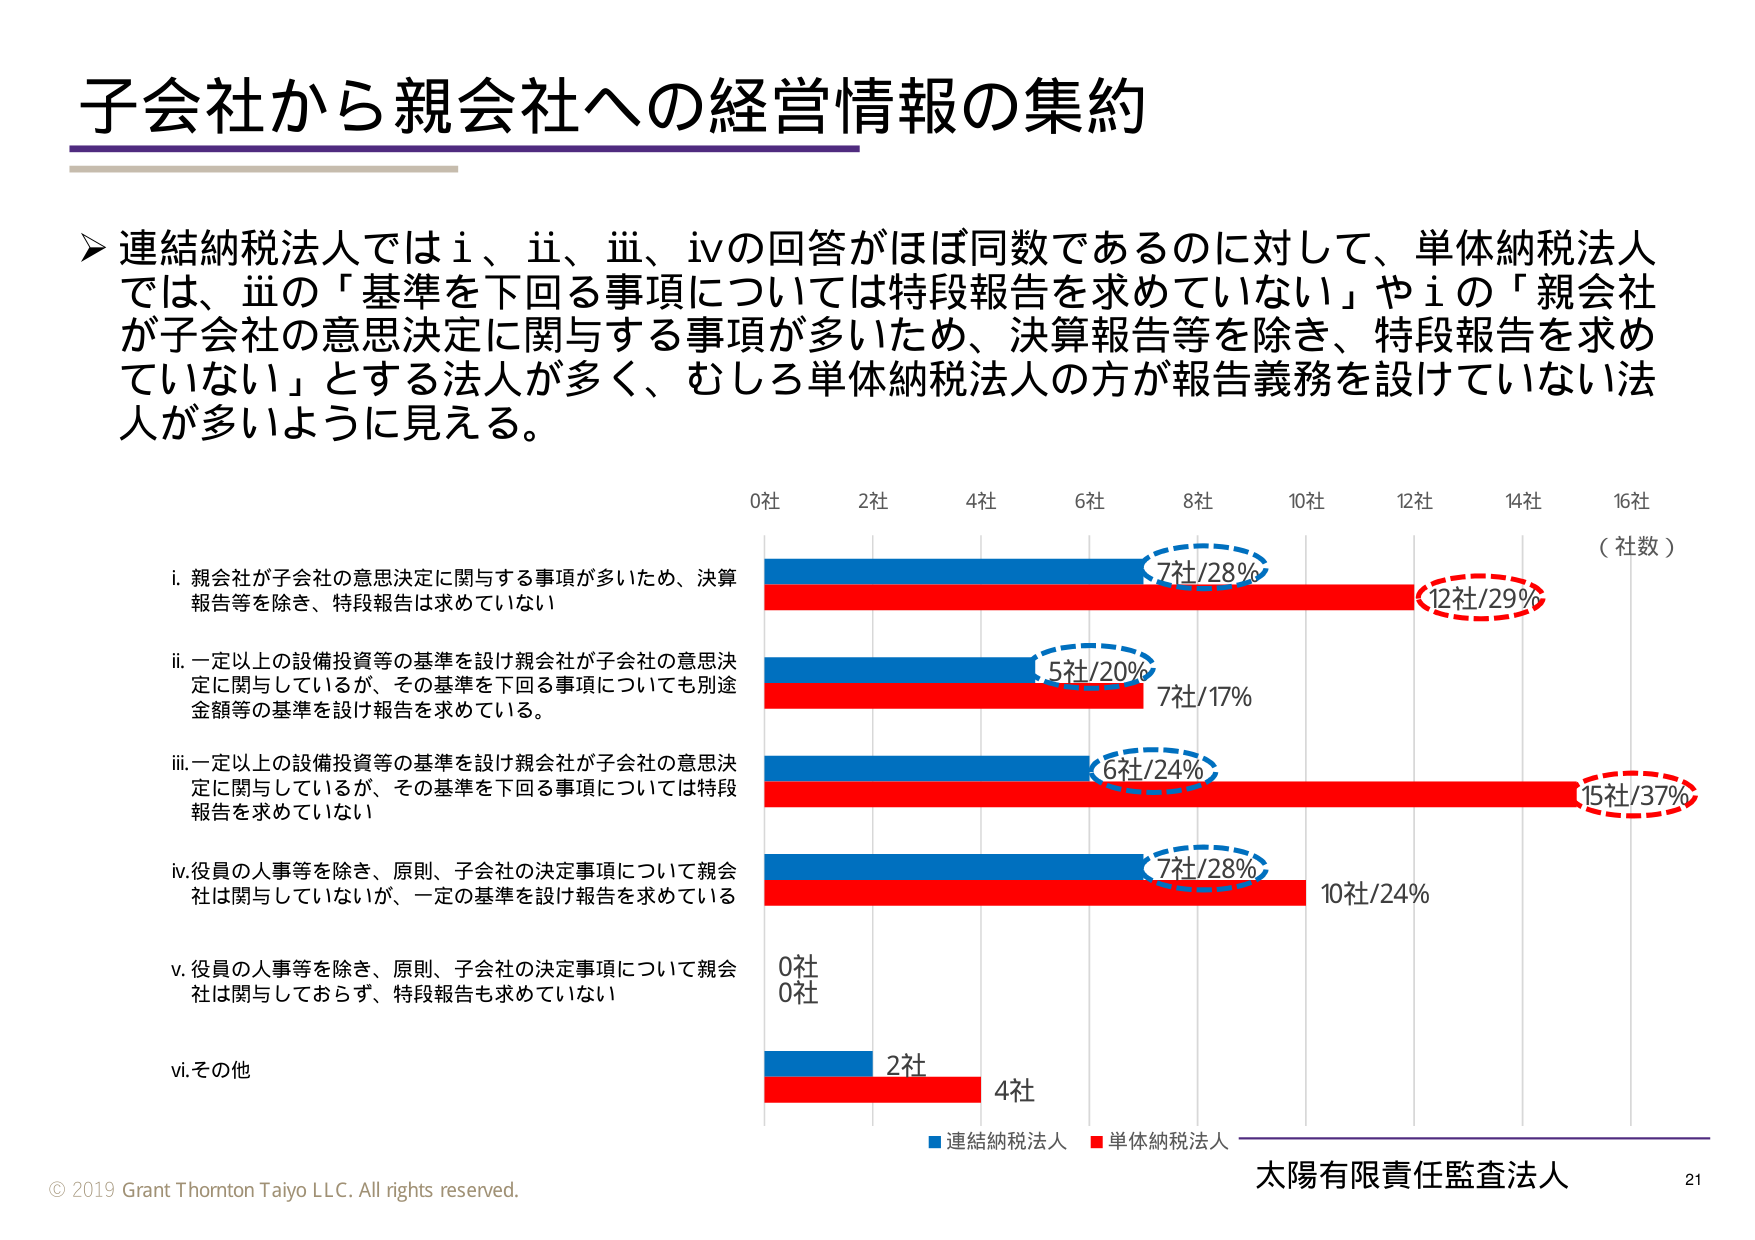
子会社から親会社への経営情報の集約

▶ 連結納税法人ではⅰ、ⅱ、ⅲ、ⅳの回答がほぼ同数であるのに対して、単体納税法人では、ⅲの「基準を下回る事項については特段報告を求めていない」やⅰの「親会社が子会社の意思決定に関与する事項が多いため、決算報告等を除き、特段報告を求めていない」とする法人が多く、むしろ単体納税法人の方が報告義務を設けていない法人が多いように見える。

ⅰ. 親会社が子会社の意思決定に関与する事項が多いため、決算報告等を除き、特段報告は求めていない
ⅱ. 一定以上の設備投資等の基準を設け親会社が子会社の意思決定に関与しているが、その基準を下回る事項についても別途金額等の基準を設け報告を求めている。
ⅲ. 一定以上の設備投資等の基準を設け親会社が子会社の意思決定に関与しているが、その基準を下回る事項については特段報告を求めていない
ⅳ. 役員の人事等を除き、原則、子会社の決定事項について親会社は関与していないが、一定の基準を設け報告を求めている
ⅴ. 役員の人事等を除き、原則、子会社の決定事項について親会社は関与しておらず、特段報告も求めていない
ⅵ. その他

0社 2社 4社 6社 8社 10社 12社 14社 16社
（社数）

7社/28% 12社/29%
5社/20% 7社/17%
6社/24% 15社/37%
7社/28% 10社/24%
0社 0社
2社 4社

■ 連結納税法人 ■ 単体納税法人

© 2019 Grant Thornton Taiyo LLC. All rights reserved.
太陽有限責任監査法人 21